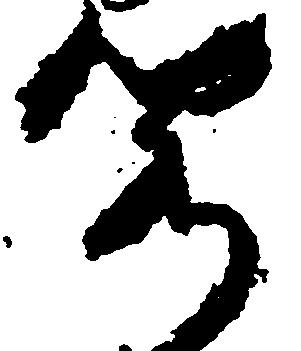
閣